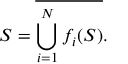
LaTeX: S = { \overline { { \bigcup _ { i = 1 } ^ { N } f _ { i } ( S ) } } } .